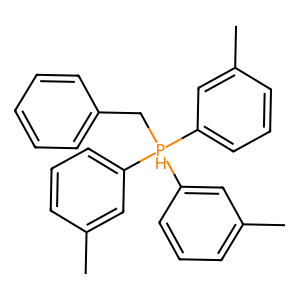
SMILES: Cc1cccc([PH](Cc2ccccc2)(c2cccc(C)c2)c2cccc(C)c2)c1
Inhibits HIV replication: No